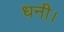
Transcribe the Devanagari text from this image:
धनी।